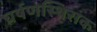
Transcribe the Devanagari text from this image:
घर्षणस्थिरांक